Jaan_Tonisson_(Lasteleht), lk 162
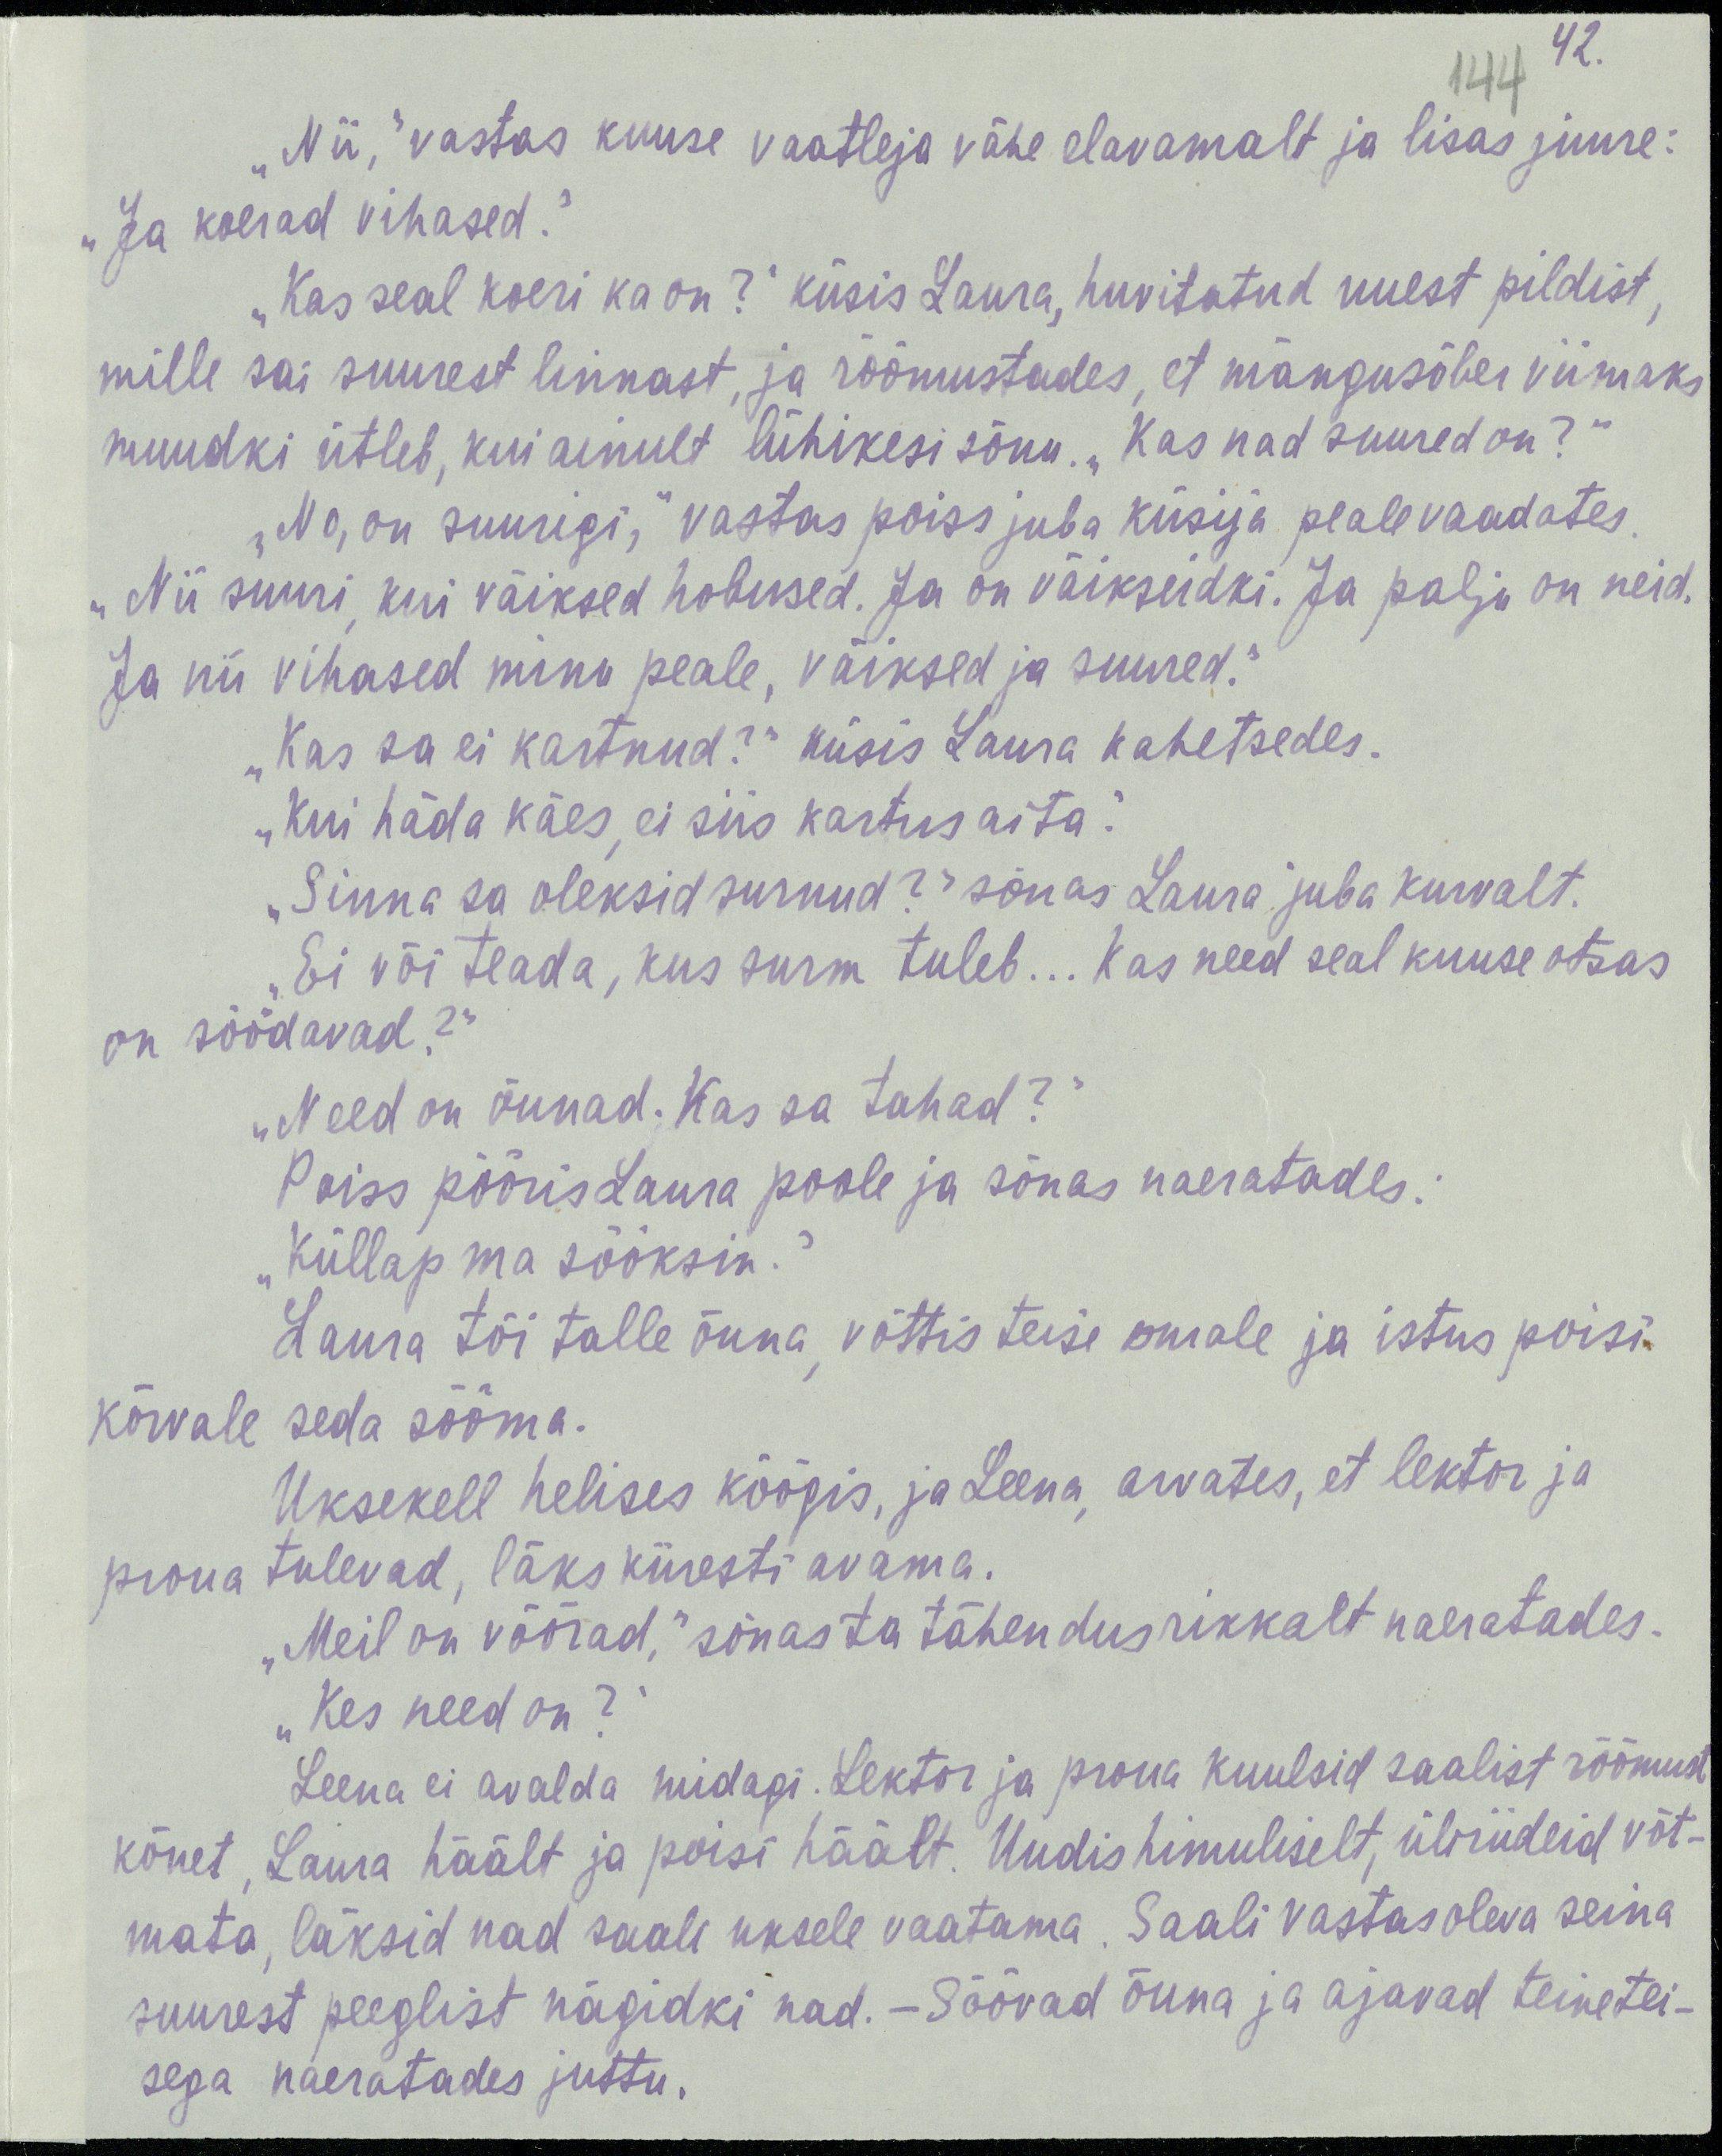
42.
144
„Nii,“ vastas kuuse vaatleja vähe elavamalt ja lisas juure:
„Ja koerad vihased.“
„Kas seal koeri ka on?“ küsis Laura, huvitatud uuest pildist,
mille sai suurest linnast, ja rõõmustades, et mängusõber viimaks
muudki ütleb, kui ainult lühikesi sõnu. „Kas nad suured on?“
„No, on suurigi,“ vastas poiss juba küsija peale vaadates.
„Nii suuri, kui väiksed hobused. Ja on väikseidki. Ja palju on neid.
Ja nii vihased minu peale, väiksed ja suured.“
„Kas sa ei kartnud?“ küsis Laura kahetsedes.
„Kui häda käes, ei siis kartus aita.“
„Sinna sa oleksid surnud?“ sõnas Laura juba kurvalt.
„Ei või teada, kus surm tuleb... kas need seal kuuse otsas
on söödavad?“
„Need on õunad. kas sa tahad?“
Poiss pööris Laura poole ja sõnas naeratades:
„Küllap ma sööksin.“
Laura tõi talle õuna, võttis teise omale ja istus poisi
kõrvale seda sööma.
Uksekell helises köögis, ja Leena, arvates, et lektor ja
proua tulevad, läks kiiresti avama.
„Meil on võõrad,“ sõnas ta tähendusrikkalt naeratades.
„Kes need on?“
Leena ei avalda midagi. Lektor ja proua kuulsid saalist rõõmust
kõnet, Laura häält ja poisi häält. Uudishimuliselt, üliriideidvõt-
mata, läksid nad saali uksele vaatama. Saali vastas oleva seina
suurest peeglist nägidki nad. – Söövad õuna ja ajavad teinetei-
sega naeratades juttu.